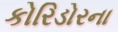
કોરિડોરના